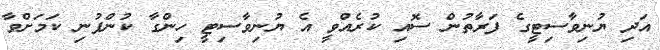
އަދި ޔުނިވާސިޓީގެ ފަރާތުން ސޮއި ކުރެއްވީ އެ ޔުނިވާސިޓީ ހިންގާ ކުންފުނި ކަމަށްވާ